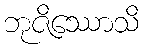
ဘုဇိဿောသိ